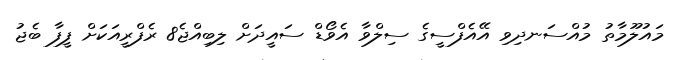
މައުލޫމާތު މުއްސަނދިވި އޭއެފްސީގެ ސިލްވާ އެވޯޑް ސައީދަށް ލިބިއްޖެ8 ރެފްރީއަކަށް ފީފާ ބެޖު